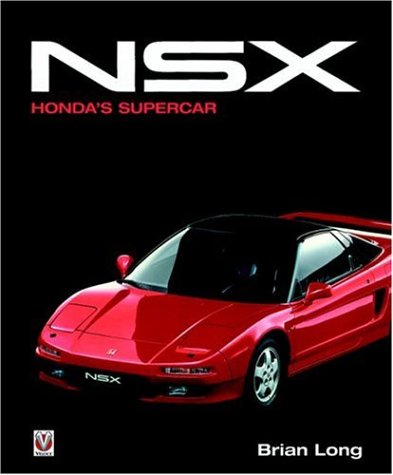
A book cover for Acura NSX: Honda's Supercar; Brian Long; Engineering & Transportation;